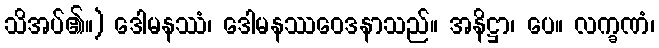
သိအပ်၏။) ဒေါမနဿံ၊ ဒေါမနဿဝေဒနာသည်။ အနိဋ္ဌာ၊ ပေ။ လက္ခဏံ၊